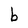
Character: b